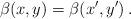
LaTeX: \begin{align*}\beta(x,y)=\beta(x',y')\,.\end{align*}